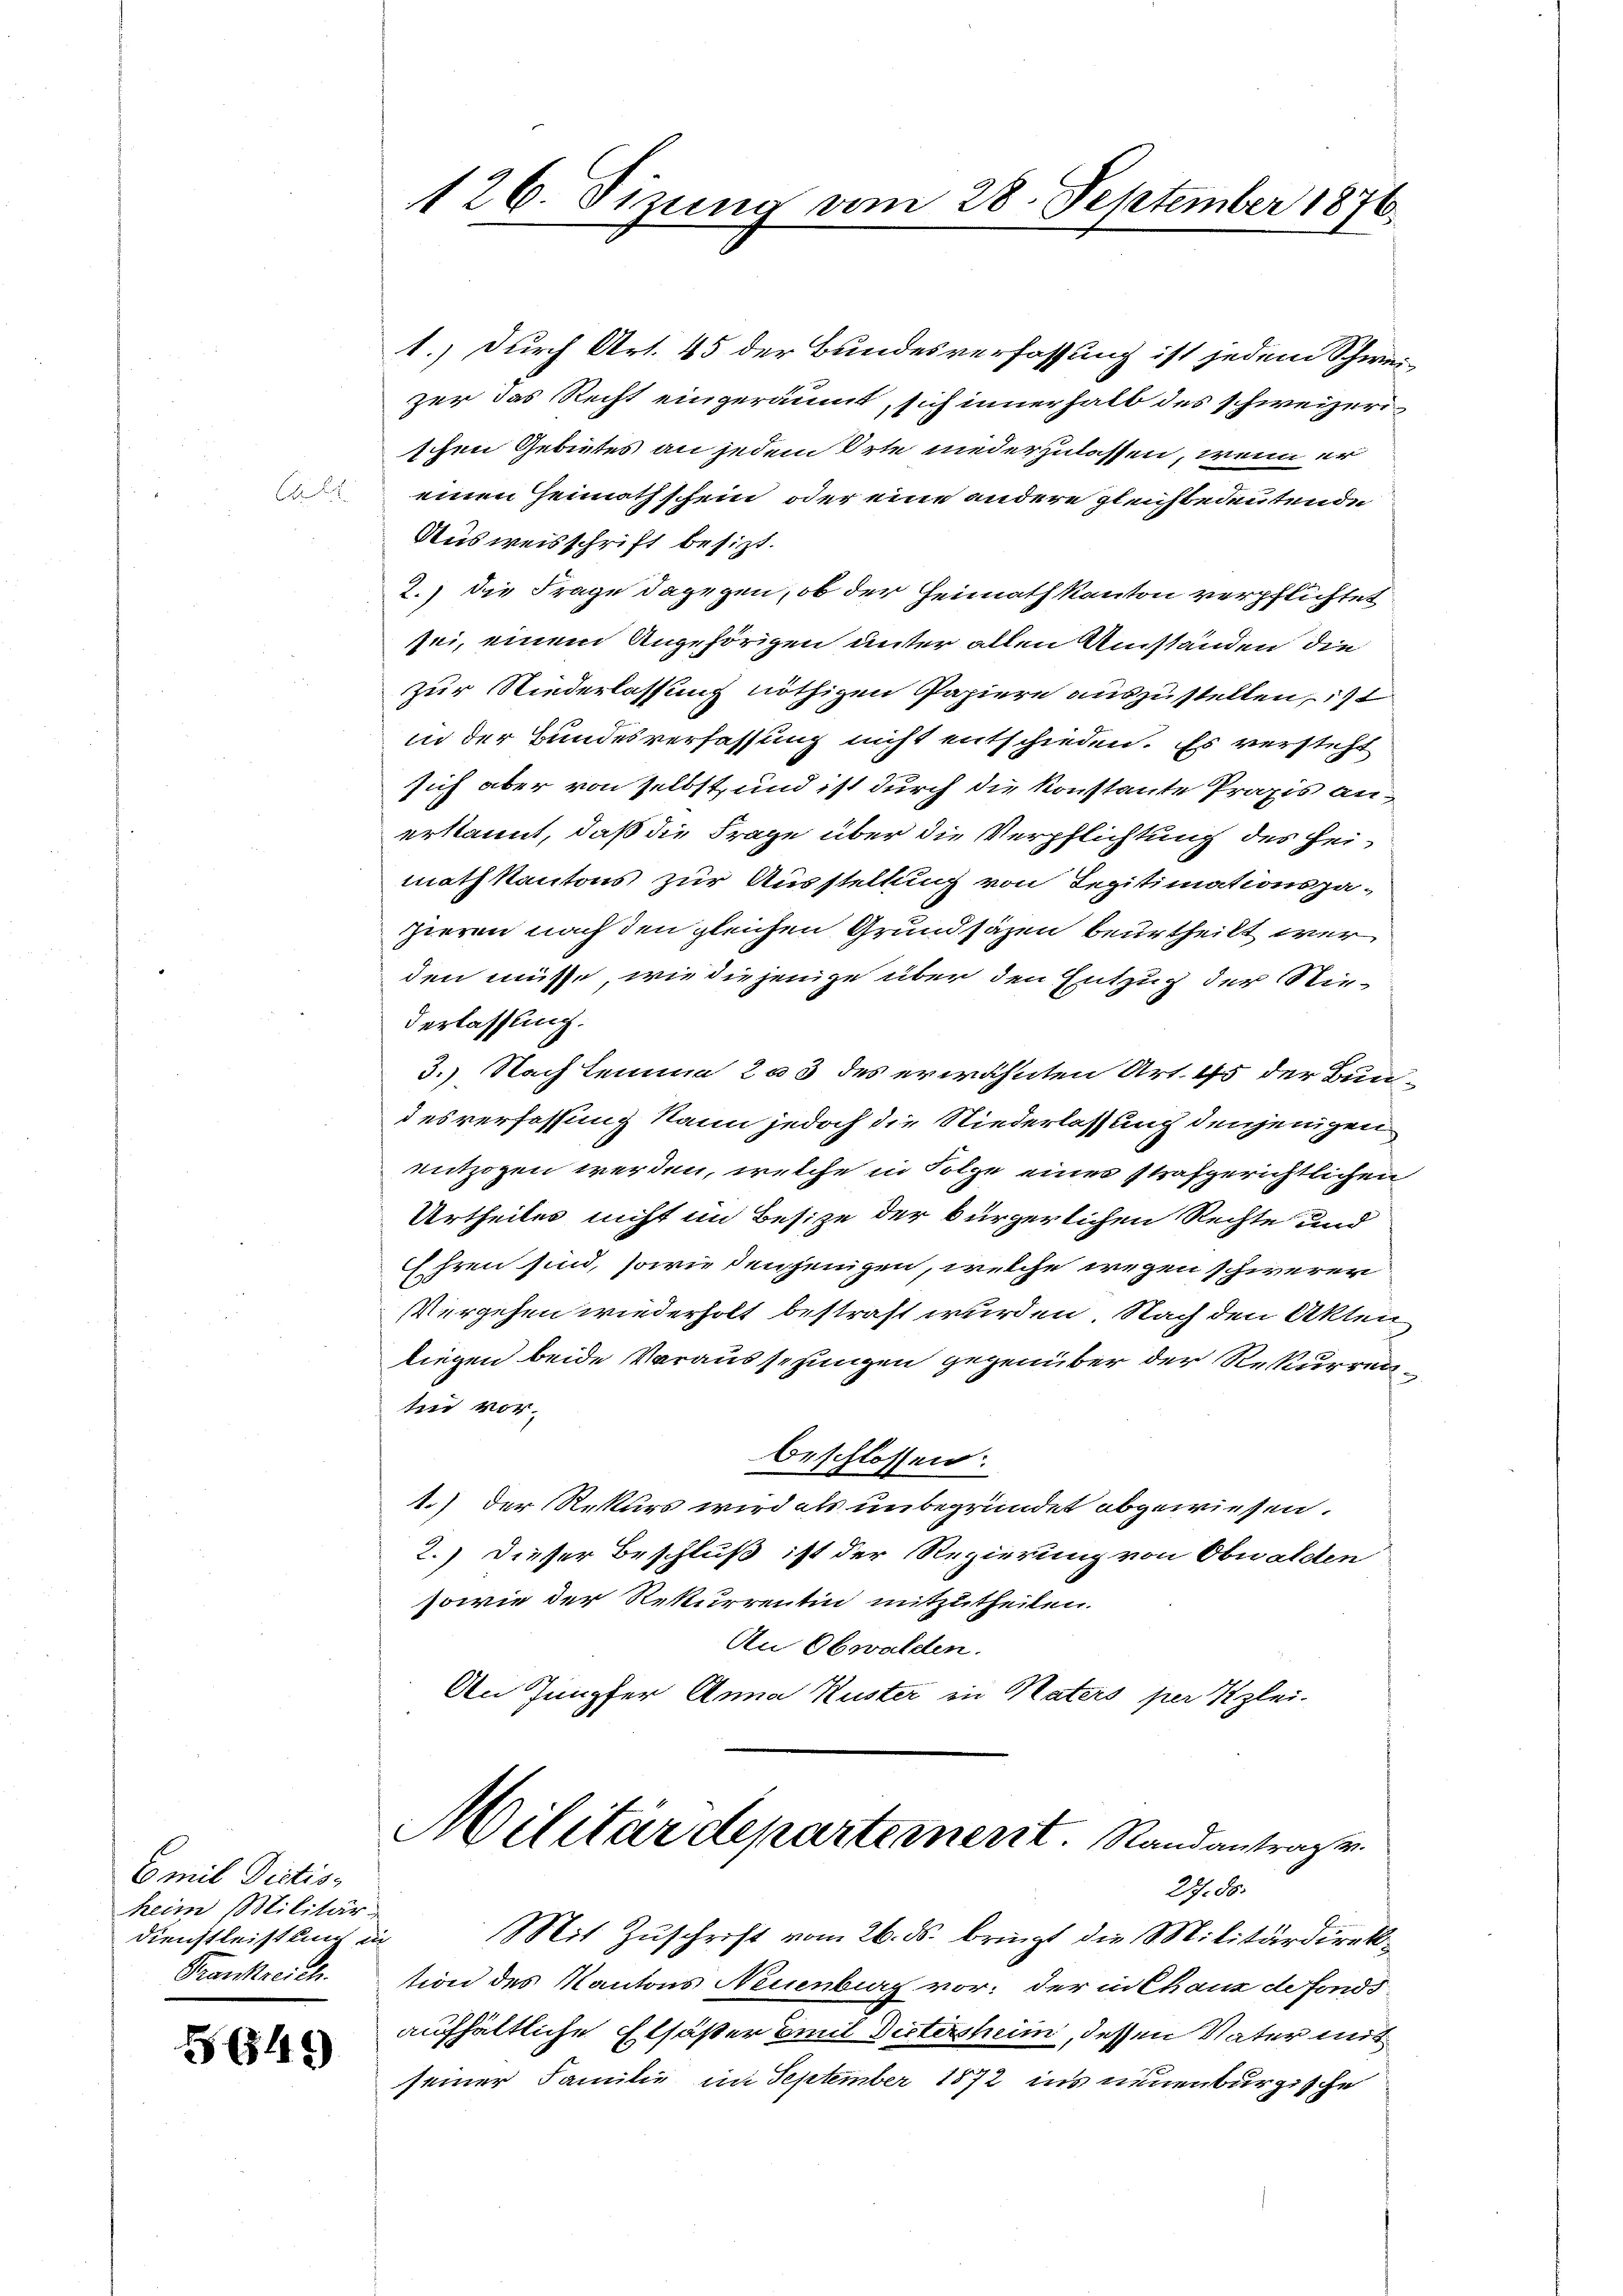
1.) Durch Art. 45 der Bundesverfassung ist jedem Schweizer das Recht eingeräumt, sich innerhalb des schweizerischen Gebietes an jedem Orte niederzulassen, wenn er
 einen Heimathschein, oder eine andere gleichbedeutende
Ausweisschrift besitzt.
2.) Die Frage dagegen, ob der Heimath Kanton verpflichtet
sei, einem Angehörigen unter allen Umständen die
zur Niederlassung nöthigen Papiere auszustellen, ist
in der Bundesverfassung nicht entschieden. Es versteht
sich aber von selbst, und ist durch die konstante Praxis anerkannt, daß die Frage über die Verpflichtung des Heimathkantons zur Ausstellung von Segitimationspa-
zieren nach den gleichen Grundsäzen beurtheilt werden müsse, wie diejenige über den Entzug der Nie¬
Verlassung.
3.) Nach Lemma 2 a 3 des erwähnten Art. 45 der Bun-
desverfassung kann jedoch die Niederlassung denjenigen
entzogen werden, welche in Folge eines strafgerichtlichen
Urtheiles nicht im Besize der bürgerlichen Rechte und
Ehren sind, sowie denjenigen, welche wegen schwerer
Vergehen wiederholt bestraft wurden. Nach den Akten
liegen beide Voraussezungen gegenüber der Rekurrenten vor
beschlossen:
1.) Der Rekurs wird als unbegründet abgewiesen.
2.) Dieser Beschluß ist der Regierung von Obwalden
sowie der Rekurrentin mitzutheilen.
An Obwalden.
An Jungfer Anna Kuster in Maters per Kzlei-

E mit Dictis
heim Militär-
Dienstleistung u
Krankreich

641)

126. Sizung vom 28. September 1876

Militärdepartement. Randantragen
27. 88.

Mit Zŭschrift vom 26. ds. bringt die Militärdirek-
tion des Kantons Neuenburg vor. der in Chanz de fonds
aufhältliche Elsaster Emil Dietersheim, dessen Vater mit
seiner Familie im September 1872 ins neuenburgische